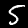
Label: 5